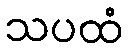
သပထံ